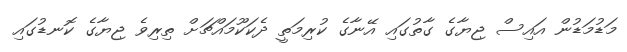
މަޑުމަޑުން އައިސް ޖިޔާގެ ގާތުގައި އޭނާގެ ކުރިމަތީ ދެކަކޫމައްޗަށް ތިރިވެ ޖިޔާގެ ކޮނޑުގައި